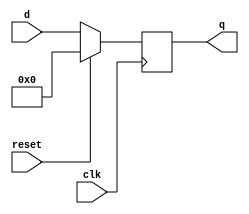
`timescale 1ns / 1ps
//////////////////////////////////////////////////////////////////////////////////
// Company: 
// Engineer: 
// 
// Design Name: 
// Module Name: flopr
// Project Name: 
// Target Devices: 
// Tool Versions: 
// Description: 
// 
// Dependencies: 
// 
// Revision:
// Revision 0.01 - File Created
// Additional Comments:
// 
//////////////////////////////////////////////////////////////////////////////////


module flopr #(parameter WIDTH=8)
    (
    input clk,reset,
    input [WIDTH-1:0] d,
    output reg [WIDTH-1:0] q
    );
    
    //none-enabled & resettable flip-flop
    always@(posedge clk)
    if(reset)
        q<=0;//reset
    else
        q<=d;//load
    
endmodule